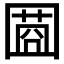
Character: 𡈌